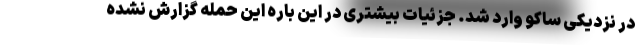
در نزدیکی ساکو وارد شد. جزئیات بیشتری در این باره این حمله گزارش نشده